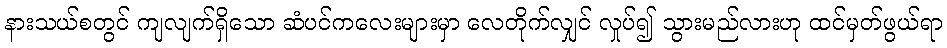
နားသယ်စတွင် ကျလျက်ရှိသော ဆံပင်ကလေးများမှာ လေတိုက်လျှင် လှုပ်၍ သွားမည်လားဟု ထင်မှတ်ဖွယ်ရာ